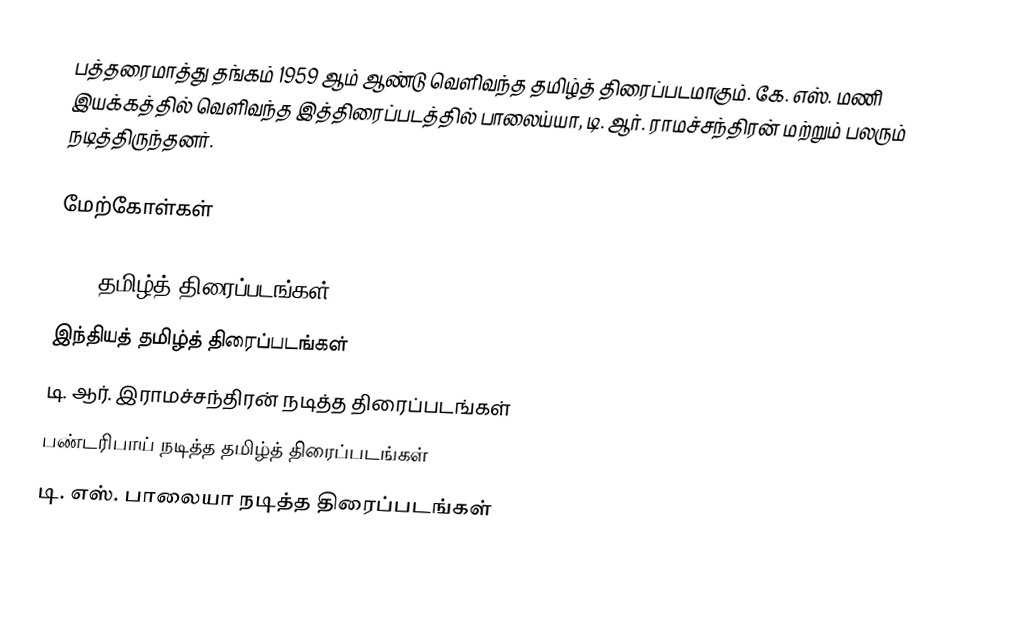
பத்தரைமாத்து தங்கம் 1959 ஆம் ஆண்டு வெளிவந்த தமிழ்த் திரைப்படமாகும். கே. எஸ். மணி இயக்கத்தில் வெளிவந்த இத்திரைப்படத்தில் பாலைய்யா, டி. ஆர். ராமச்சந்திரன் மற்றும் பலரும் நடித்திருந்தனர்.

மேற்கோள்கள்

1959 தமிழ்த் திரைப்படங்கள்
இந்தியத் தமிழ்த் திரைப்படங்கள்
டி. ஆர். இராமச்சந்திரன் நடித்த திரைப்படங்கள்
பண்டரிபாய் நடித்த தமிழ்த் திரைப்படங்கள்
டி. எஸ். பாலையா நடித்த திரைப்படங்கள்